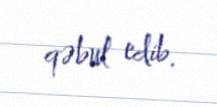
qəbul edib.